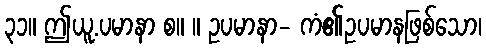
၃၁။ ဤယူ.ပမာနာ စ။ ။ ဥပမာနာ- ကံ၏ဥပမာနဖြစ်သော၊